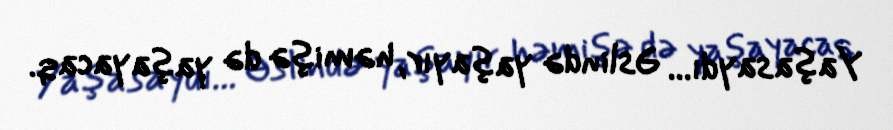
Yaşasaydı... Əslində yaşayır, həmişə də yaşayacaq.